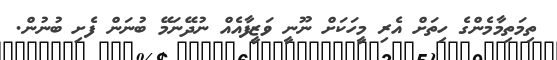
ތިމަތިމާމެންގެ ހިތަށް އެރި މީހަކަށް ނޫނީ ވަޒީފާއެއް ނުދޭނަމޭ ބުނަން ފެށި ބުނުން.